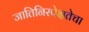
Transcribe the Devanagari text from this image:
जातिनिरपेक्षतेचा